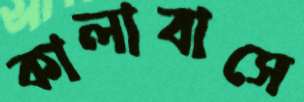
কালাবাসে